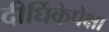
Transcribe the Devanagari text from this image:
दीर्घिकेपेक्षा